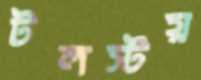
টলস্টয়